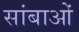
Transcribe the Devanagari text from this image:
सांबाओं